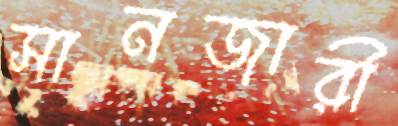
সানজারী